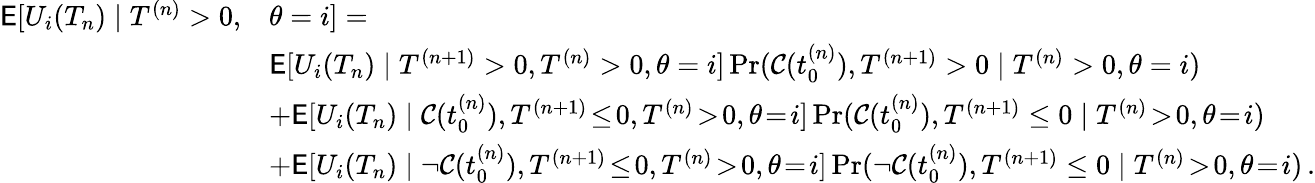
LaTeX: \begin{array}{rl}{\mathsf{E}[U_{i}(T_{n})\mid T^{(n)}>0,}&{\theta=i]=}\\ &{\mathsf{E}[U_{i}(T_{n})\mid T^{(n+1)}>0,T^{(n)}>0,\theta=i]\operatorname*{Pr}(\mathcal{C}(t_{0}^{(n)}),T^{(n+1)}>0\mid T^{(n)}>0,\theta=i)}\\ &{+\mathsf{E}[U_{i}(T_{n})\mid\mathcal{C}(t_{0}^{(n)}),T^{(n+1)}\! \le\! 0,T^{(n)}\! >\! 0,\theta\! =\! i]\operatorname*{Pr}(\mathcal{C}(t_{0}^{(n)}),T^{(n+1)}\le 0\mid T^{(n)}\! >\! 0,\theta\! =\! i)}\\ &{+\mathsf{E}[U_{i}(T_{n})\mid\neg\mathcal{C}(t_{0}^{(n)}),T^{(n+1)}\! \le\! 0,T^{(n)}\! >\! 0,\theta\! =\! i]\operatorname*{Pr}(\neg\mathcal{C}(t_{0}^{(n)}),T^{(n+1)}\le 0\mid T^{(n)}\! >\! 0,\theta\! =\! i)\, .}\end{array}